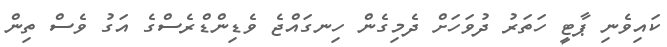
ކައިވެނި ޕާޓީ ހަތަރު ދުވަހަށް ދެމިގެން ހިނގައްޖެ ވެޑިންޑްރެސްގެ އަގު ވެސް ތިން